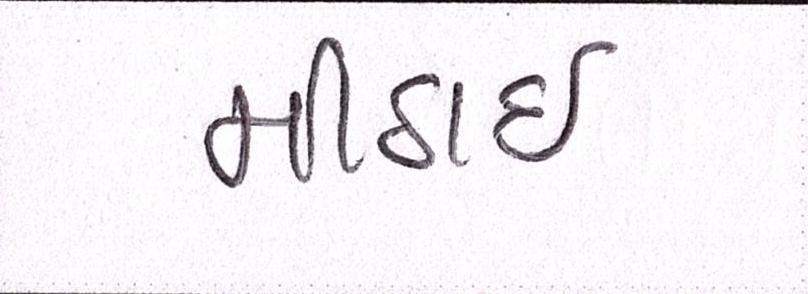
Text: મીઠાઈ